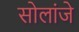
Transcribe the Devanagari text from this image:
सोलांजे